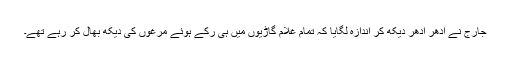
جارج نے ادھر ادھر دیکھ کر اندازہ لگایا کہ تمام غلام گاڑیوں میں ہی رکے ہوئے مرغوں کی دیکھ بھال کر رہے تھے۔